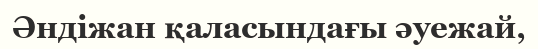
Әндіжан қаласындағы әуежай,